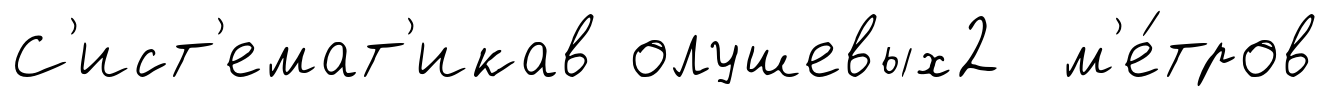
С'ист'емат'икав олушевых2 м'е́тров